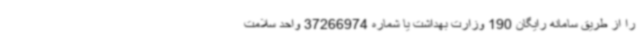
را از طریق سامانه رایگان 190 وزارت بهداشت یا شماره 37266974 واحد سلامت